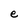
Character: e